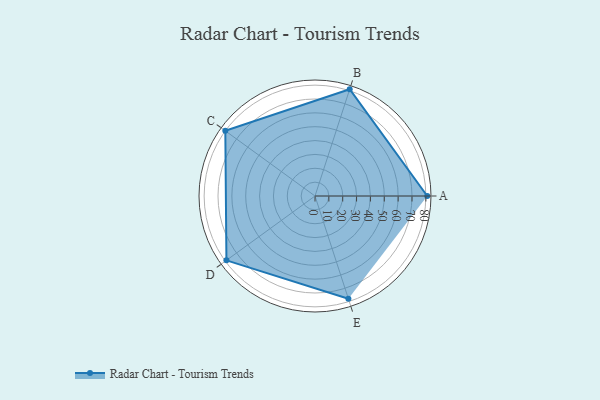
{"axis": {"x": "Skill", "y": "Score"}, "legend": ["Profile"], "data": [{"x": "A", "y": 81.0, "type": "Profile"}, {"x": "B", "y": 81.0, "type": "Profile"}, {"x": "C", "y": 80.0, "type": "Profile"}, {"x": "D", "y": 79.0, "type": "Profile"}, {"x": "E", "y": 78.0, "type": "Profile"}]}